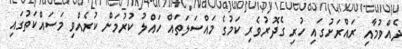
ދެއްވުމާއި ރައްރަށުގައި ހުރި ގެދޮރުވެރި ކަމުގެ މައްސަލަތައް ހައްލު ކުރުމަށް ކުރެއްވި މަސައްކަތުގައި